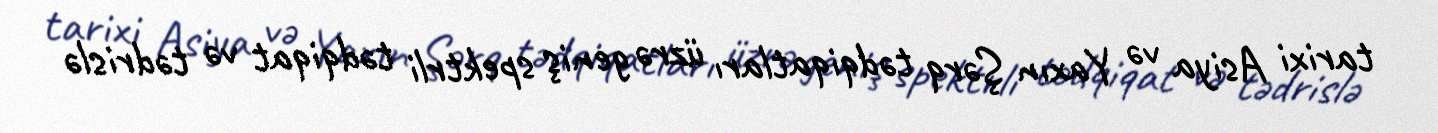
tarixi Asiya və Yaxın Şərq tədqiqatları üzrə geniş spektrli tədqiqat və tədrislə